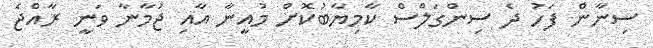
ސިނާން ފަހު ދެ ސިންގަލްސް ކާމިޔާބުކޮށް މުއީނާ އާއި ޖުމާނާ ވަނީ ރާއްޖެ